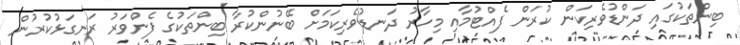
ބިންތަކުގައި ދަންޑުވެރިކަން ކުރަން ފެއްޓުމާއި މިހާރު ދަނޑުވެރިކަމަށް ބޭނުންކުރާ ބިންތަކުގެ ފެންވަރު ރަނގަޅުކުރުން